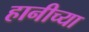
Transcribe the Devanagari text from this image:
हानीच्या